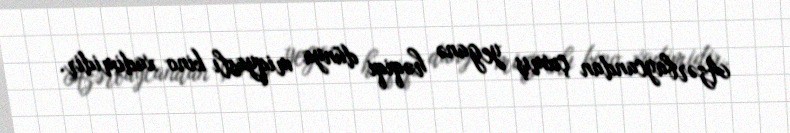
Azərbaycandan çıxmış yeganə həqiqi dünya miqyaslı kino xadimidir.